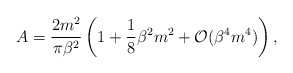
\begin{align*}A = \frac{2m^2}{\pi \beta^2} \left( 1 + \frac{1}{8} \beta^2 m^2 + {\cal O}(\beta^4 m^4) \right),\end{align*}